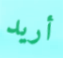
أريد